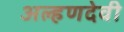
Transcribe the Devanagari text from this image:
अल्हणदेवी